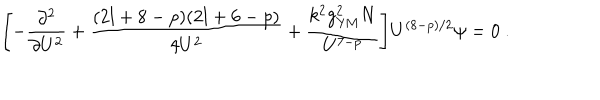
\Biggl [ - \frac { \partial ^ { 2 } } { \partial U ^ { 2 } } + \frac { ( 2 l + 8 - p ) ( 2 l + 6 - p ) } { 4 U ^ { 2 } } + \frac { k ^ { 2 } g _ { \mathrm { Y M } } ^ { 2 } N } { U ^ { 7 - p } } \Biggr ] U ^ { ( 8 - p ) / 2 } \psi = 0 \ .